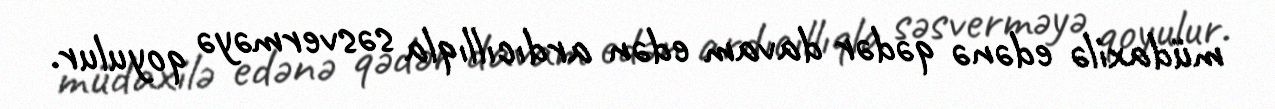
müdaxilə edənə qədər davam edən ardıcıllıqla səsverməyə qoyulur.